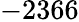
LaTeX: -2366